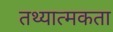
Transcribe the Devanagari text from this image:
तथ्यात्मकता